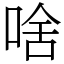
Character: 啥